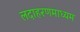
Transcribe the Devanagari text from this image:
लदाहरणमाध्यम